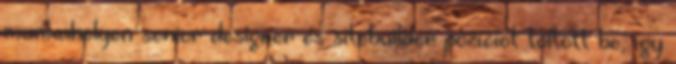
munkahelyen senior designer és sitebuilder pozíciót töltött be, így